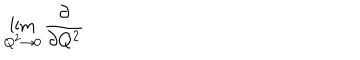
LaTeX: \lim _ { Q ^ { 2 } \to { 0 } } \frac { \partial } { \partial { Q ^ { 2 } } }